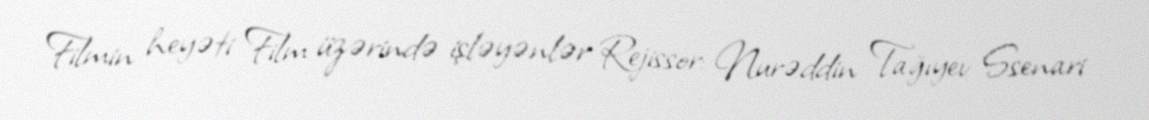
Filmin heyəti Film üzərində işləyənlər Rejissor: Nurəddin Tağıyev Ssenari